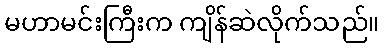
မဟာမင်းကြီးက ကျိန်ဆဲလိုက်သည်။